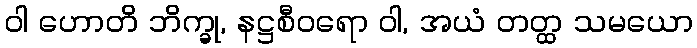
ဝါ ဟောတိ ဘိက္ခု, နဋ္ဌစီဝရော ဝါ, အယံ တတ္ထ သမယော